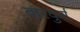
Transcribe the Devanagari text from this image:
वारवुर्ग